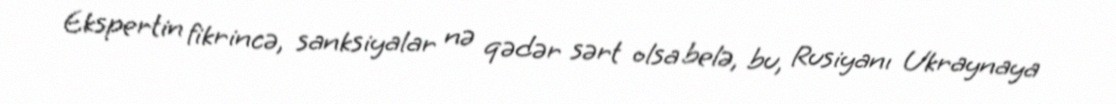
Ekspertin fikrincə, sanksiyalar nə qədər sərt olsa belə, bu, Rusiyanı Ukraynaya